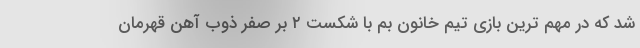
شد که در مهم ترین بازی تیم خانون بم با شکست ٢ بر صفر ذوب آهن قهرمان